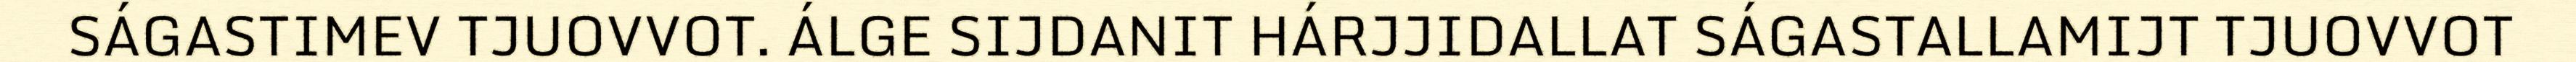
SÁGASTIMEV TJUOVVOT. ÁLGE SIJDANIT HÁRJJIDALLAT SÁGASTALLAMIJT TJUOVVOT